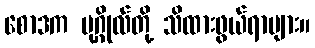
စောဒက ပုဂ္ဂိုလ်တို့ သိထားဖွယ်ရာများ။